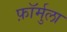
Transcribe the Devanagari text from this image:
फ़ॉर्मुला